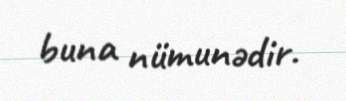
buna nümunədir.